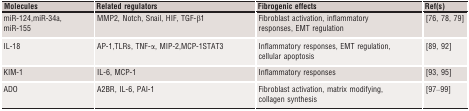
<table><thead><tr><td><b>Molecules</b></td><td><b>Related regulators</b></td><td><b>Fibrogenic effects</b></td><td><b>Ref(s)</b></td></tr></thead><tbody><tr><td>miR‐124,miR‐34a, miR‐155</td><td>MMP2, Notch, Snail, HIF, TGF‐β1</td><td>Fibroblast activation, inflammatory responses, EMT regulation</td><td>76, 78, 79</td></tr><tr><td>IL‐18</td><td>AP‐1,TLRs, TNF‐α, MIP‐2,MCP‐1STAT3</td><td>Inflammatory responses, EMT regulation, cellular apoptosis</td><td>89, 92</td></tr><tr><td>KIM‐1</td><td>IL‐6, MCP‐1</td><td>Inflammatory responses</td><td>93, 95</td></tr><tr><td>ADO</td><td>A2BR, IL‐6, PAI‐1</td><td>Fibroblast activation, matrix modifying, collagen synthesis</td><td>97, 98, 99</td></tr></tbody></table>